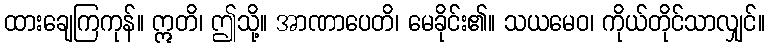
ထားချေကြကုန်။ ဣတိ၊ ဤသို့။ အာဏာပေတိ၊ မေခိုင်း၏။ သယမေဝ၊ ကိုယ်တိုင်သာလျှင်။